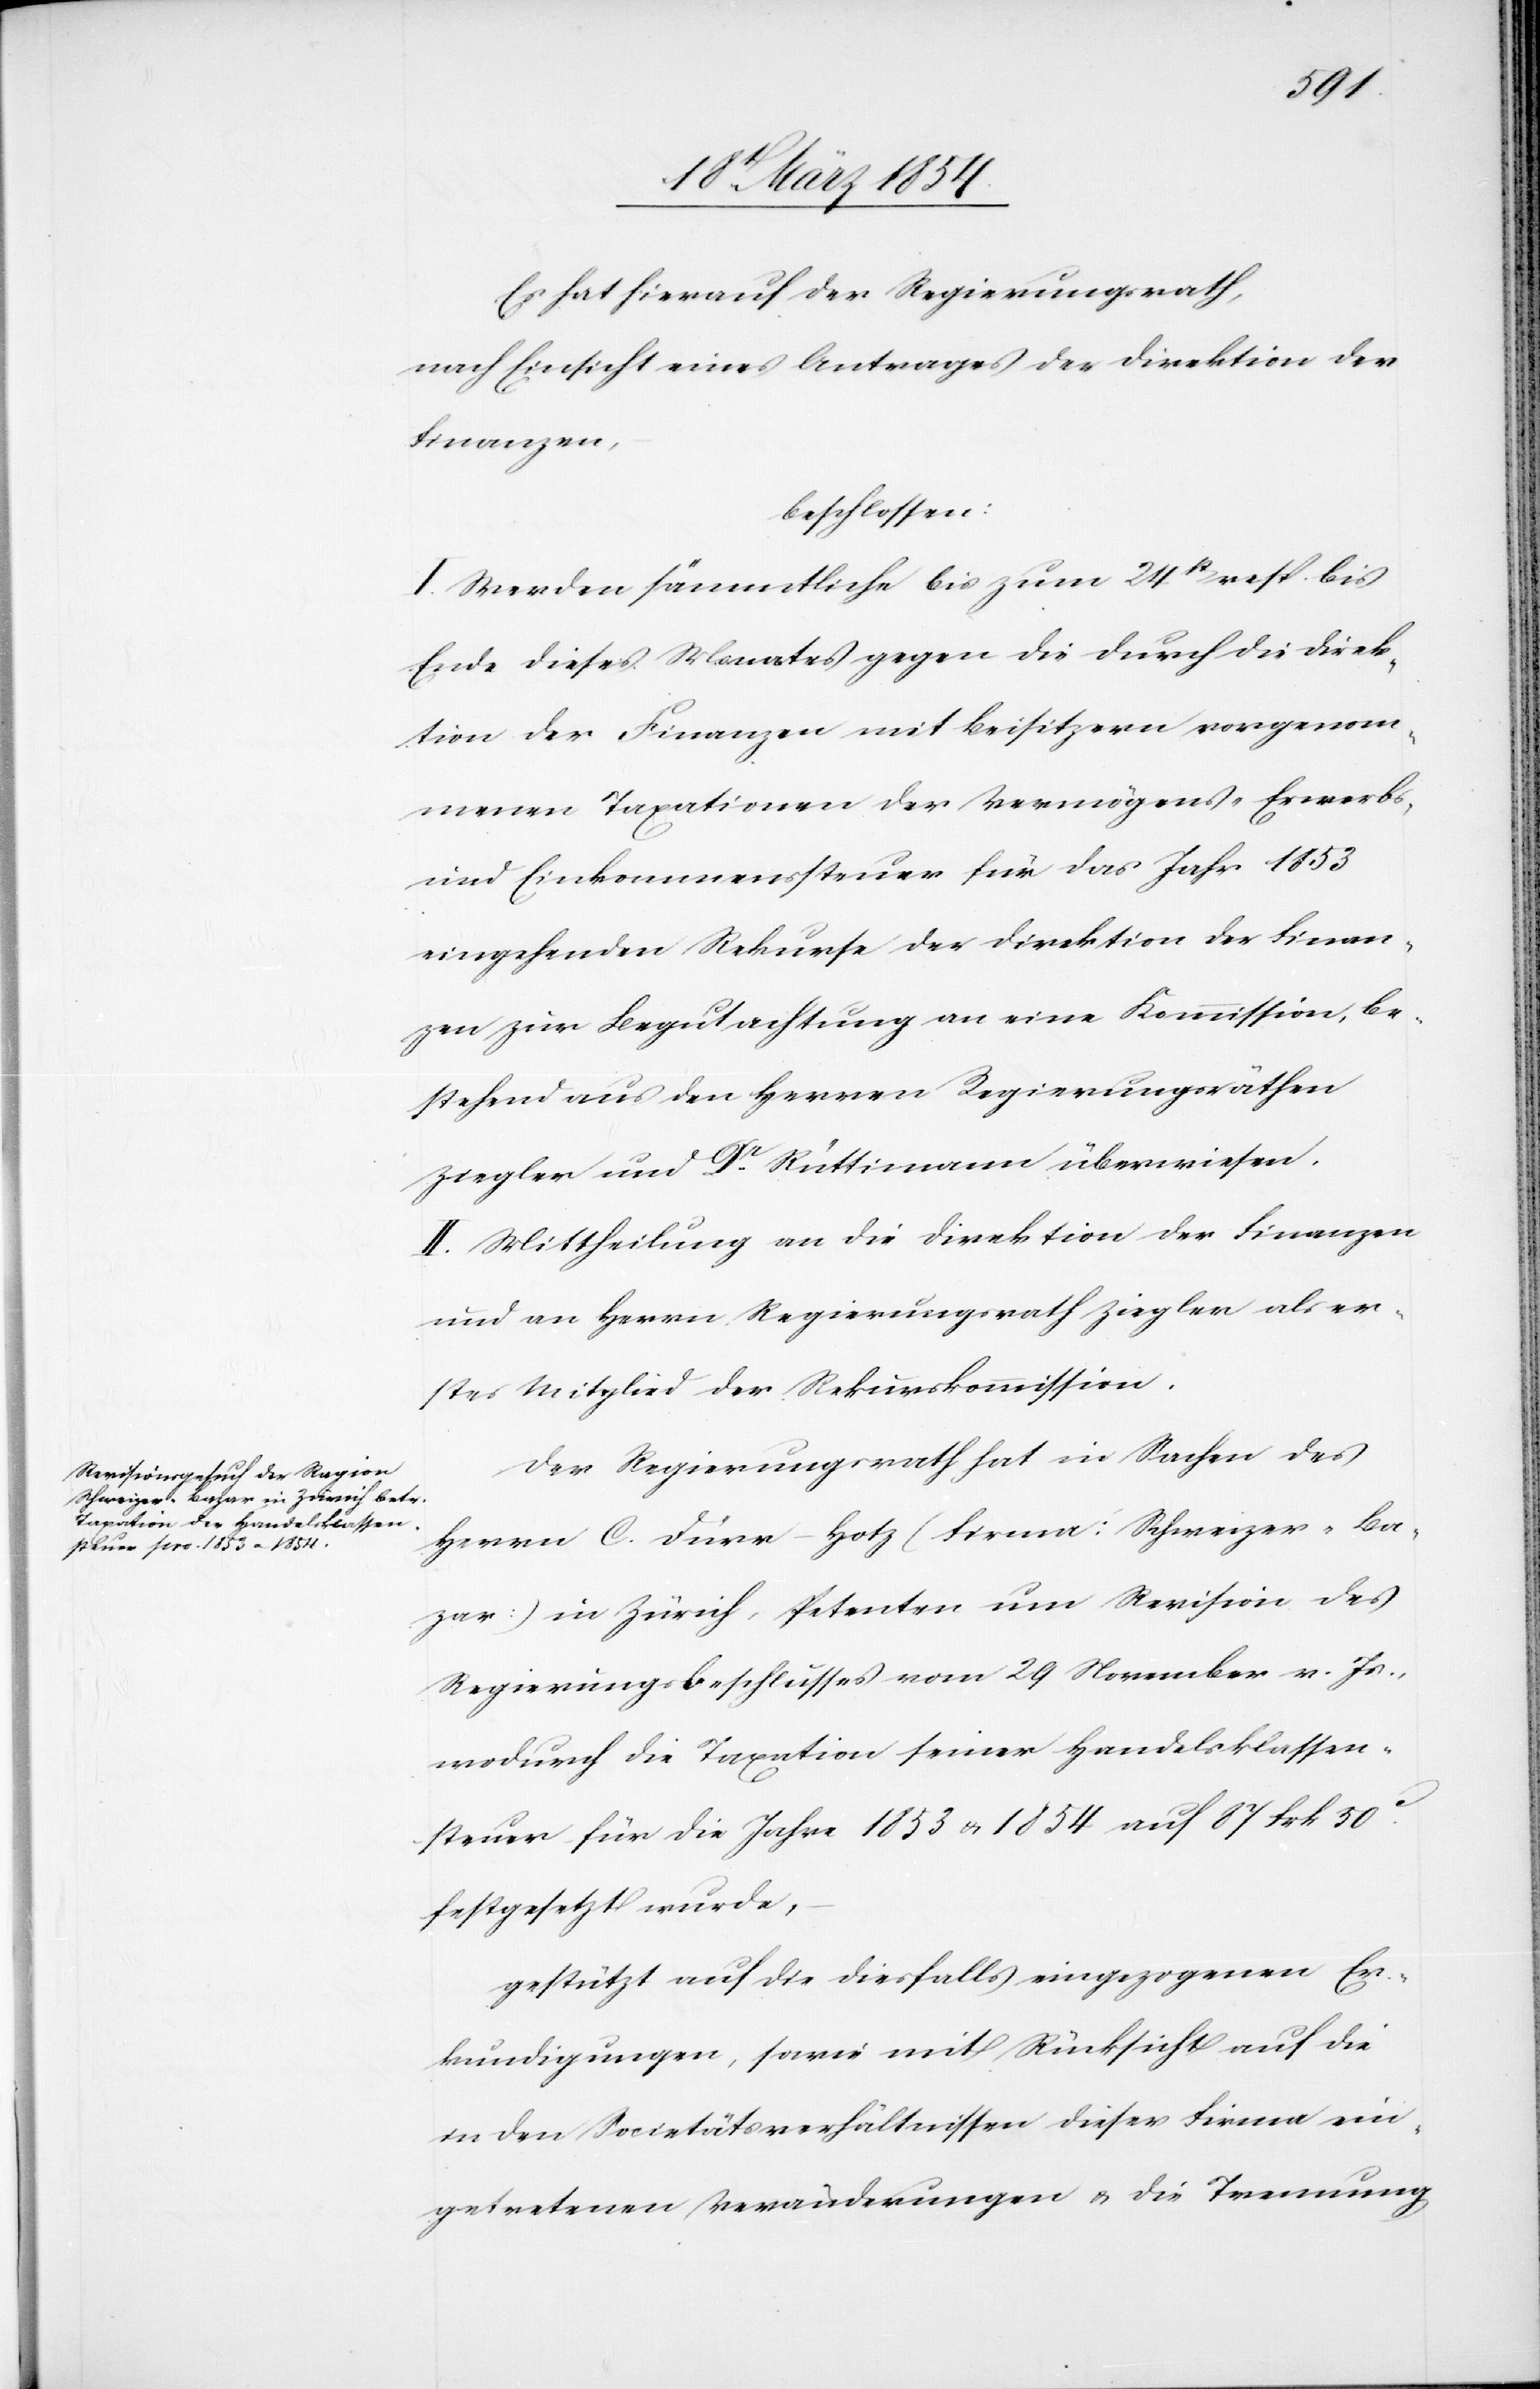
Es hat hierauf der Regierungsrath,
nach Einsicht eines Antrages der Direktion der
Finanzen,
beschlossen:
I. Werden sämmtliche bis zum 24st[en] resp. bis
Ende dieses Monates gegen die durch die Direk¬
tion der Finanzen mit Beisitzern vorgenom¬
menen Taxationen der Vermögens-[,] Erwerbs-
und Einkommenssteuer für das Jahr 1853
eingehenden Rekurse der Direktion der Finan¬
zen zur Begutachtung an eine Kommission, be¬
stehend aus den Herren Regierungsräthen
Ziegler und Dr Rüttimann überwiesen.
II. Mittheilung an die Direktion der Finanzen
und an Herrn Regierungsrath Ziegler als er¬
stes Mitglied der Rekurskommission.
Der Regierungsrath hat in Sachen des
Herrn C. Dürr-Hotz (Firma: Schweizer-Ba¬
zar) in Zürich, Petenten um Revision des
Regierungsbeschlusses vom 29 November v. Js.,
wodurch die Taxation seiner Handelsklassen¬
steuer für die Jahre 1853 u. 1854 auf 87 Frk 50c
festgesetzt wurde,
gestützt auf die diesfalls eingezogenen Er¬
kundigungen, sowie mit Rücksicht auf die
in den Societätsverhältnissen dieser Firma ein¬
getretenen Veränderungen u. die Trennung